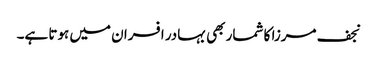
نجف مرزا کا شمار بھی بہادر افسران میں ہوتا ہے۔